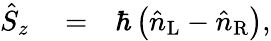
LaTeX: \begin{array}{rlr}{\hat{S}_{z}}&{{}=}&{\hbar\left(\hat{n}_{\mathrm{L}}-\hat{n}_{\mathrm{R}}\right),}\end{array}